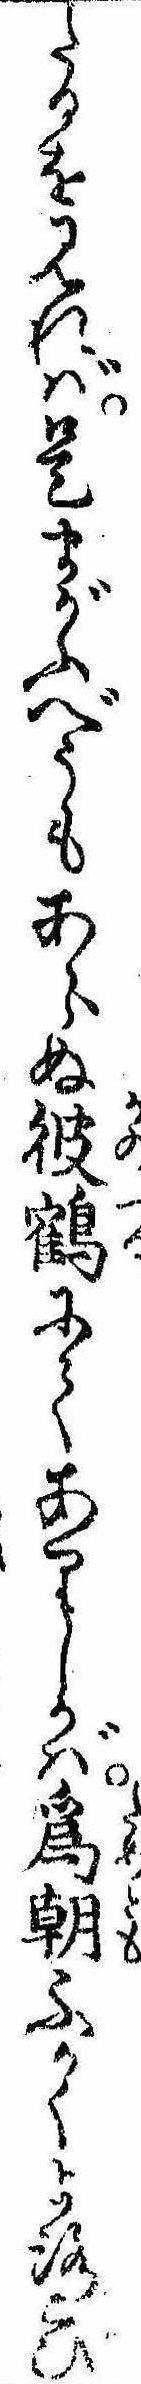
たるを見れば是まがふべうもあらぬ彼鶴にてありしかば為朝ふかくよろこび